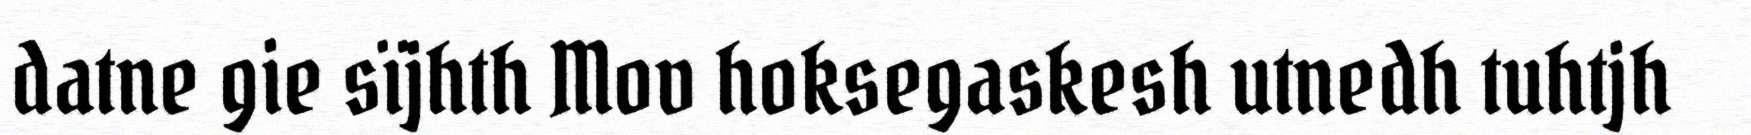
datne gie sïjhth Mov hoksegaskesh utnedh tuhtjh